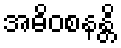
အဓိဝစနန္တိ